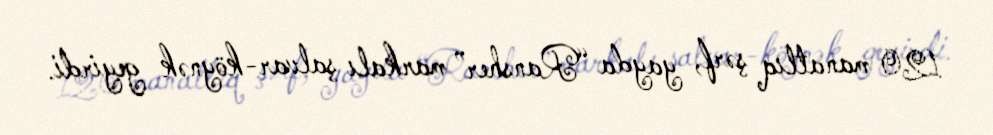
120 manatlıq şərf, yayda “Ransher” markalı şalvar-köynək geyirdi.